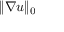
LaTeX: \| \nabla u \| _ { 0 }